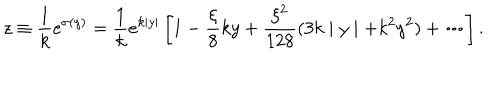
z \equiv \frac { 1 } { k } e ^ { \sigma ( y ) } = \frac { 1 } { k } e ^ { k \mid y \mid } \left[ 1 - \frac { \xi } { 8 } k y + \frac { \xi ^ { 2 } } { 1 2 8 } ( 3 k \mid y \mid + k ^ { 2 } y ^ { 2 } ) + \cdots \right] .